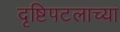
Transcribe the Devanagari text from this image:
दृष्टिपटलाच्या